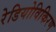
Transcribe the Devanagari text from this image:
रेडियोविकिरण